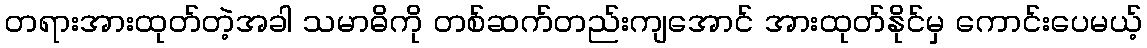
တရားအားထုတ်တဲ့အခါ သမာဓိကို တစ်ဆက်တည်းကျအောင် အားထုတ်နိုင်မှ ကောင်းပေမယ့်